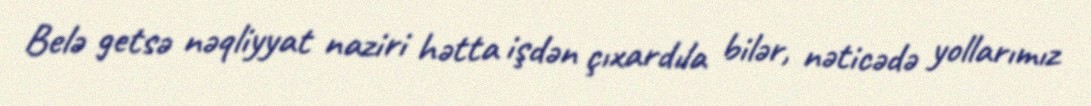
Belə getsə nəqliyyat naziri hətta işdən çıxardıla bilər, nəticədə yollarımız